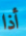
أذا